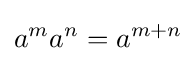
a^{m}a^{n}=a^{m+n}